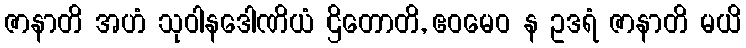
ဇာနာတိ အဟံ သုဝါနဒေါဏိယံ ဌိတောတိ, ဧဝမေဝ န ဥဒရံ ဇာနာတိ မယိ